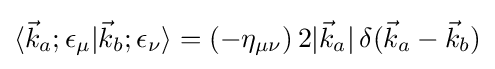
\langle {\vec {k}}_{a};\epsilon _{\mu }|{\vec {k}}_{b};\epsilon _{\nu }\rangle =(-\eta _{\mu \nu })\,2|{\vec {k}}_{a}|\,\delta ({\vec {k}}_{a}-{\vec {k}}_{b})